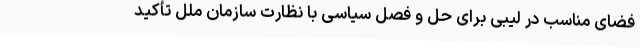
فضای مناسب در لیبی برای حل و فصل سیاسی با نظارت سازمان ملل تأکید